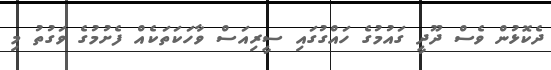
ދެކޮޅުން ވެސް ދޫދީ ގައުމުގެ ހައްގުގައި ސީރިއަސް ވާހަކަތަކެއް ފެށުމުގެ ވަގުތު މި